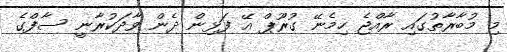
މި މުބާރާތުގައި ރާއްޖެ ހިމެނޭ ގުރޫޕް އޭ ފަޅިން ދެން ވާދަކުރާނީ ސާފްގެ